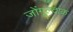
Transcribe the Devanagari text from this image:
जोंगूल्दाक